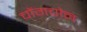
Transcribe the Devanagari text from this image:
चोंगचोन